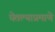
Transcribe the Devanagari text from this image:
घेतल्याप्रमाणे